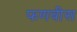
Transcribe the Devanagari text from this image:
फणवीस